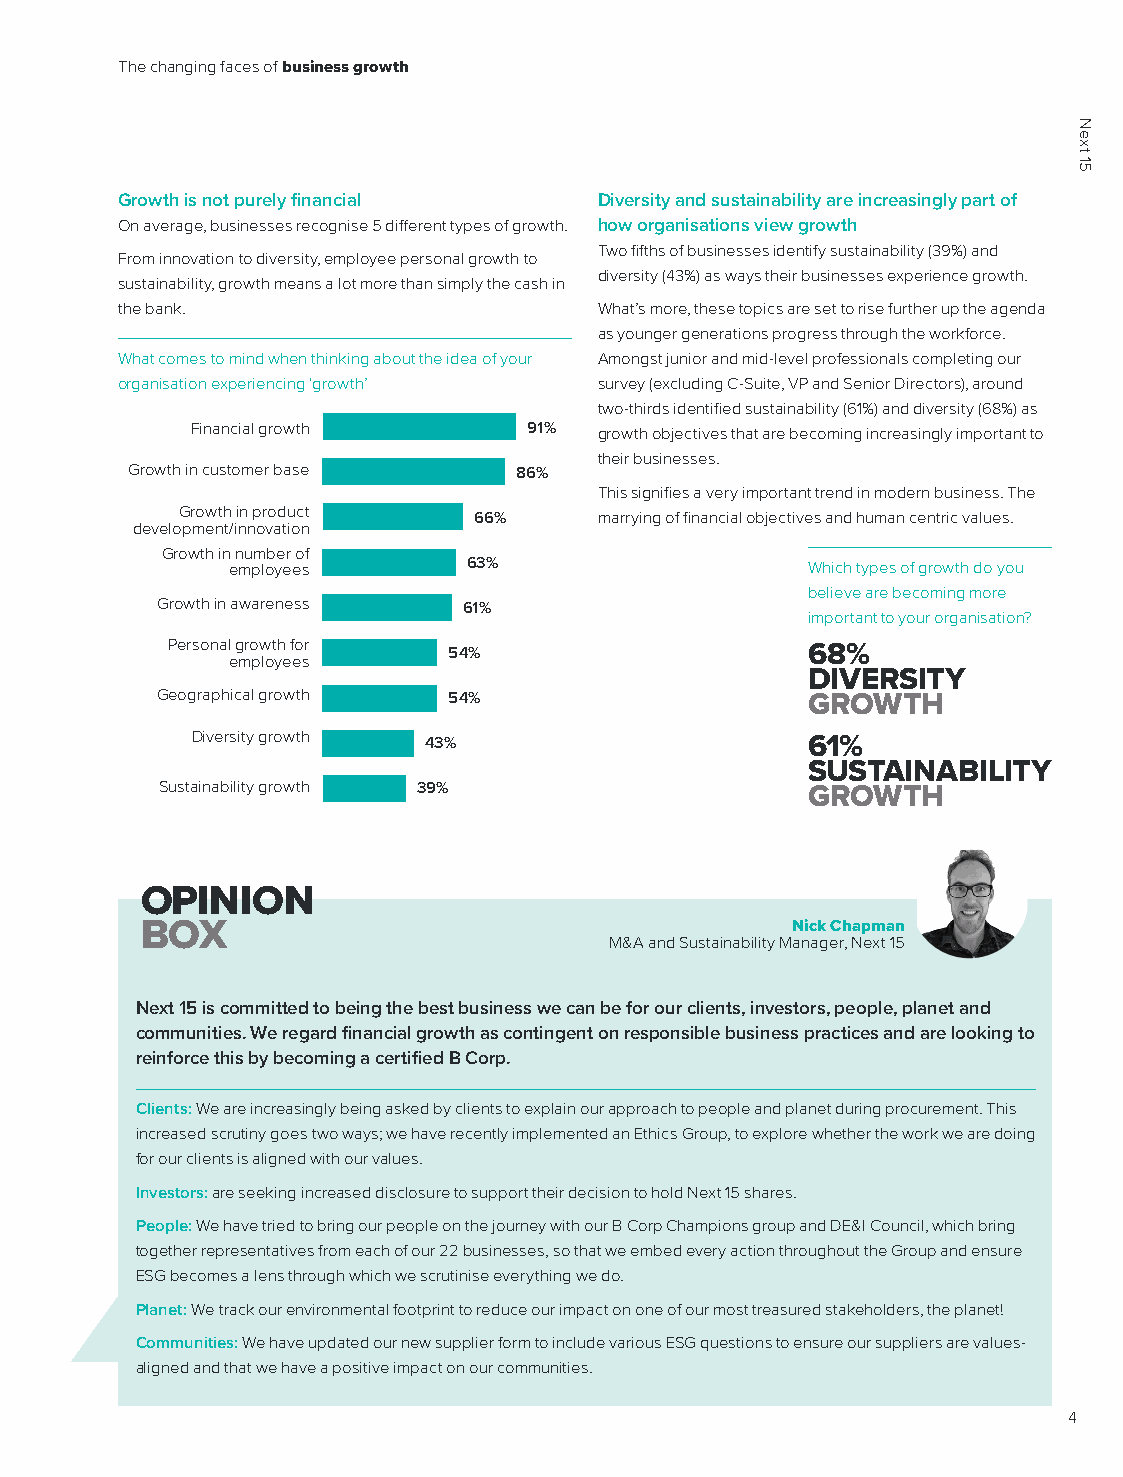
The changing faces of business growth
 Growth is not purely financial  Diversity and sustainability are increasingly part of
 On average, businesses recognise 5 different types of growth. how organisations view growth
 Two fifths of businesses identify sustainability (39%) and
 From innovation to diversity, employee personal growth to
 diversity (43%) as ways their businesses experience growth.
 sustainability, growth means a lot more than simply the cash in
 the bank.                       What’s more, these topics are set to rise further up the agenda
 as younger generations progress through the workforce.
 What comes to mind when thinking about the idea of your Amongst junior and mid-level professionals completing our
 organisation experiencing ‘growth’ survey (excluding C-Suite, VP and Senior Directors), around
 two-thirds identified sustainability (61%) and diversity (68%) as
 Financial growth      91%  growth objectives that are becoming increasingly important to
 their businesses.
 Growth in customer base   86%
 This signifies a very important trend in modern business. The
 Growth in product  66%      marrying of financial objectives and human centric values.
 development/innovation
 Growth in number of
 employees       63%                   Which types of growth do you
 believe are becoming more
 Growth in awareness  61%
 important to your organisation?
 Personal growth for
 54%                    68%
 employees
 DIVERSITY
 Geographical growth 54%                    GROWTH
 Diversity growth
 43%                      61%
 SUSTAINABILITY
 Sustainability growth 39%                 GROWTH
 OPINION
 BOX                                        Nick Chapman
 M&A and Sustainability Manager, Next 15
 Next 15 is committed to being the best business we can be for our clients, investors, people, planet and
 communities. We regard financial growth as contingent on responsible business practices and are looking to
 reinforce this by becoming a certified B Corp.
 Clients: We are increasingly being asked by clients to explain our approach to people and planet during procurement. This
 increased scrutiny goes two ways; we have recently implemented an Ethics Group, to explore whether the work we are doing
 for our clients is aligned with our values.
 Investors: are seeking increased disclosure to support their decision to hold Next 15 shares.
 People: We have tried to bring our people on the journey with our B Corp Champions group and DE&I Council, which bring
 together representatives from each of our 22 businesses, so that we embed every action throughout the Group and ensure
 ESG becomes a lens through which we scrutinise everything we do.
 Planet: We track our environmental footprint to reduce our impact on one of our most treasured stakeholders, the planet!
 Communities: We have updated our new supplier form to include various ESG questions to ensure our suppliers are values-
 aligned and that we have a positive impact on our communities.
 4
 Next
 15